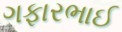
ગફારભાઈ